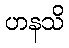
ဟနသိ